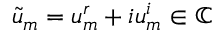
\tilde { u } _ { m } = u _ { m } ^ { r } + i u _ { m } ^ { i } \in \mathbb { C }